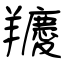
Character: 羻